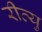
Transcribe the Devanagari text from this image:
रीव्यु